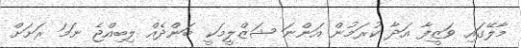
މާލޭގައި ވަޒީފާ އަދާ ކުރަމުން އަންނަ ޝަޒްލީމަކީ ބަންދެއް ލިބިއްޖެ ނަމަ ރަށަށް